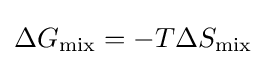
\Delta G_{\text{mix}}=-T\Delta S_{\text{mix}}